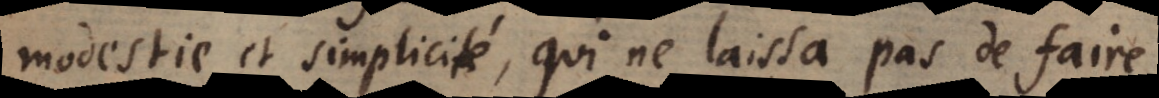
modestie et simplicité, qui ne laissa pas de faire